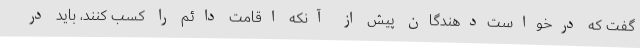
گفت که درخواست‌دهندگان پیش از آنکه اقامت دائم را کسب کنند، باید در